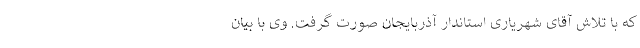
که با تلاش آقای شهریاری استاندار آذربایجان صورت گرفت. وی با بیان